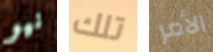
نيو تلك الأمر